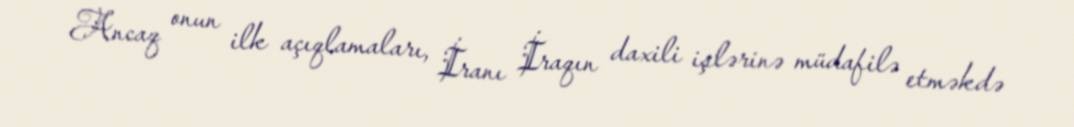
Ancaq onun ilk açıqlamaları, İranı İraqın daxili işlərinə müdafilə etməkdə